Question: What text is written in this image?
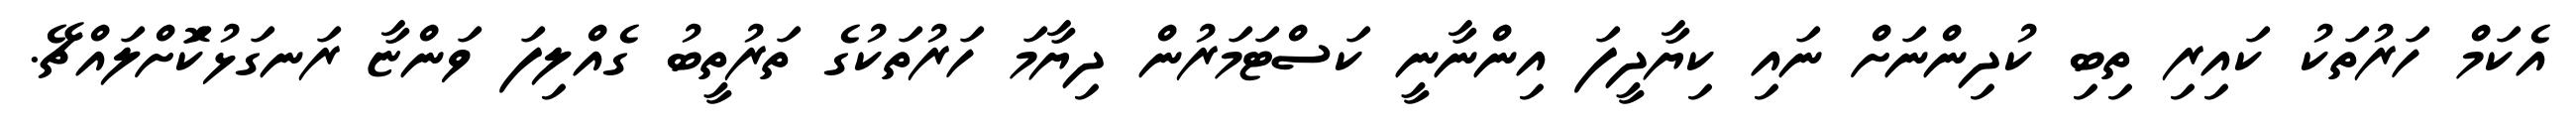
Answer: އެކަމް ހަރުތަކު ކައިރި ތިބި ކުދިންނަށް ނައި ކިޔާދީފަ އިންނާނީ ކަސްޓަމަރުން ދިޔާމަ ހަރުތަކުގެ ތަރުތީބު ގެއްލިފަ ވަންޏާ ރަނގަޅުކޮަށްލައްޗޭ.